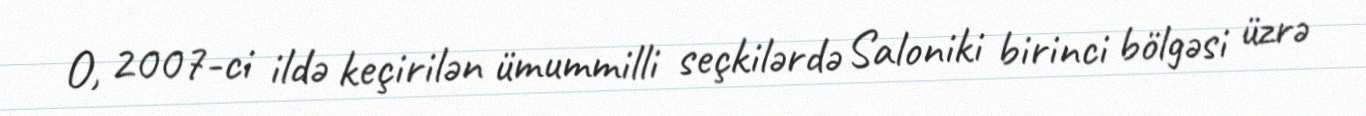
O, 2007-ci ildə keçirilən ümummilli seçkilərdə Saloniki birinci bölgəsi üzrə